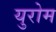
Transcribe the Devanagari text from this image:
युरोम